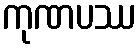
ကုဏပဿ